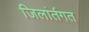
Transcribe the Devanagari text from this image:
जिलांर्तगत